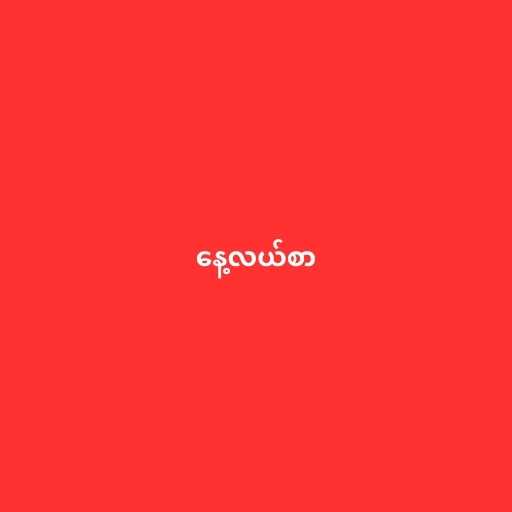
နေ့လယ်စာ